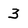
Character: 3